Civil Veterinary Dept. Bombay admin report 1914-1922 - 1914-1922
Year: 1914
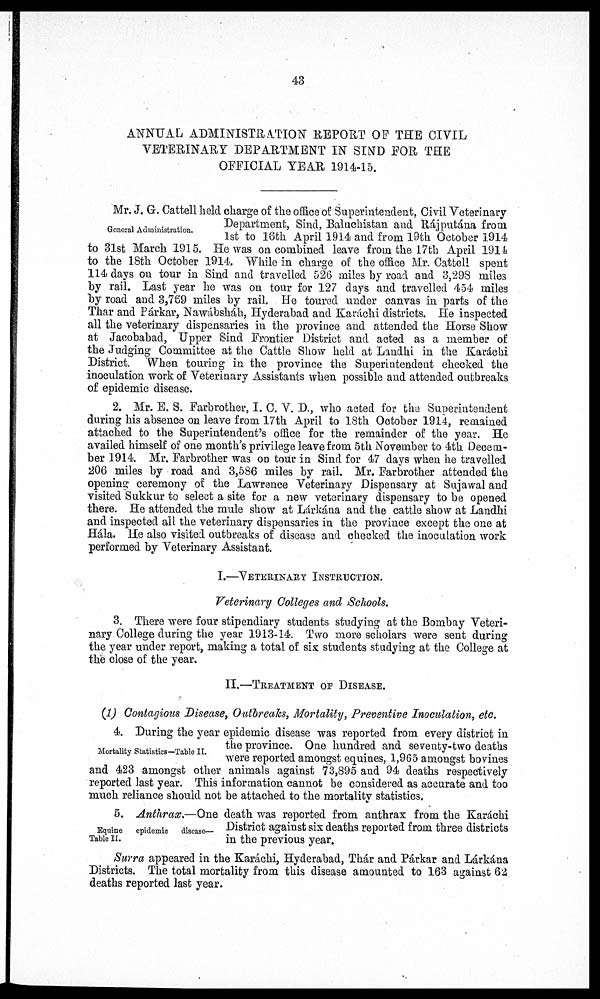
43
ANNUAL ADMINISTRATION REPORT OF THE CIVIL
VETERINARY DEPARTMENT IN SIND FOR THE
OFFICIAL YEAR 1914-15.
General Administration.
Mr. J. G. Cattell held charge of the office of Superintendent, Civil Veterinary
Department, Sind, Baluchistan and Rájputána from
1st to 16th April 1914 and from 19th October 1914
to 31st March 1915. He was on combined leave from the 17th April 1914
to the 18th October 1914. While in charge of the office Mr. Cattell spent
114 days on tour in Sind and travelled 526 miles by road and 3,298 miles
by rail. Last year he was on tour for 127 days and travelled 454 miles
by road and 3,769 miles by rail. He toured under canvas in parts of the
Thar and Párkar, Nawábshah, Hyderabad and Karáchi districts. He inspected
all the veterinary dispensaries in the province and attended the Horse Show
at Jacobabad, Upper Sind Frontier District and acted as a member of
the Judging Committee at the Cattle Show held at Landhi in the Karáchi
District. When touring in the province the Superintendent checked the
inoculation work of Veterinary Assistants when possible and attended outbreaks
of epidemic disease.
2. Mr. E. S. Farbrother, I. C. V. D., who acted for the Superintendent
during his absence on leave from 17th April to 18th October 1914, remained
attached to the Superintendent's office for the remainder of the year. He
availed himself of one month's privilege leave from 5th November to 4th Decem-
ber 1914. Mr. Farbrother was on tour in Sind for 47 days when he travelled
206 miles by road and 3,586 miles by rail. Mr. Farbrother attended the
opening ceremony of the Lawrence Veterinary Dispensary at Sujawal and
visited Sukkur to select a site for a new veterinary dispensary to be opened
there. He attended the mule show at Lárkána and the cattle show at Landhi
and inspected all the veterinary dispensaries in the province except the one at
Hála. He also visited outbreaks of disease and checked the inoculation work
performed by Veterinary Assistant.
I.—VETERINARY INSTRUCTION.
Veterinary Colleges and Schools.
3. There were four stipendiary students studying at the Bombay Veteri-
nary College during the year 1913-14. Two more scholars were sent during
the year under report, making a total of six students studying at the College at
the close of the year.
II.—TREATMENT OF DISEASE.
(1) Contagions Disease, Outbreaks, Mortality, Preventive Inoculation, etc.
Mortality Statistics—Table II.
4. During the year epidemic disease was reported from every district in
the province. One hundred and seventy-two deaths
were reported amongst equines, 1,965 amongst bovines
and 423 amongst other animals against 73,895 and 94 deaths respectively
reported last year. This information cannot be considered as accurate and too
much reliance should not be attached to the mortality statistics.
Equine
epidemic disease—
Table II.
5. Anthrax.—One death was reported from anthrax from the Karáchi
District against six deaths reported from three districts
in the previous year.
Surra appeared in the Karáchi, Hyderabad, Thár and Párkar and Lárkána
Districts. The total mortality from this disease amounted to 163 against 62
deaths reported last year.